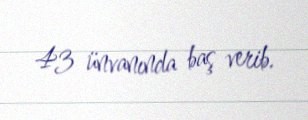
43 ünvanında baş verib.